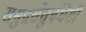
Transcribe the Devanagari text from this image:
समुद्रसेतुबंधेसी